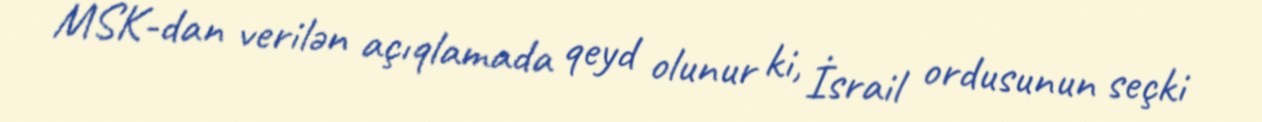
MSK-dan verilən açıqlamada qeyd olunur ki, İsrail ordusunun seçki